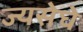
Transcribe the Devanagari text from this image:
ज्यसेघे